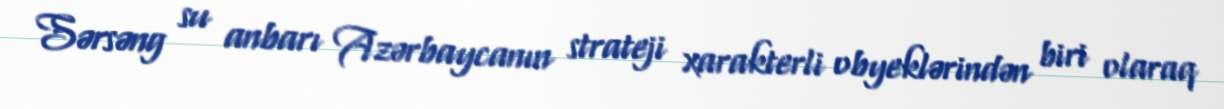
Sərsəng su anbarı Azərbaycanın strateji xarakterli obyeklərindən biri olaraq